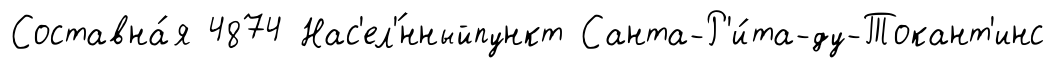
Составна́я 4874 Нас'ел'́нныйпункт Санта-Р'и́та-ду-Токант'инс